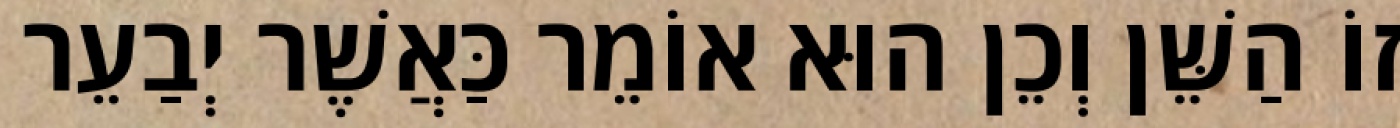
זוֹ הַשֵּׁן וְכֵן הוּא אוֹמֵר כַּאֲשֶׁר יְבַעֵר